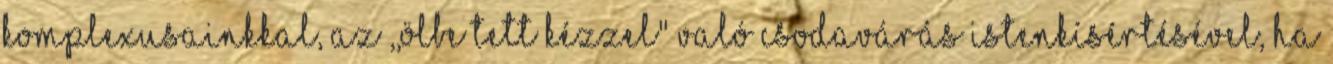
komplexusainkkal, az ,,ölbe tett kézzel" való csodavárás istenkísértésével, ha